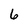
Character: 6